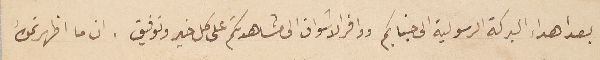
بعد اهداء البركة الرسولية الى جنابكم ووافر الاشواق الى مشاهدتكم على كل خير وتوفيق . ان ما اظهرتموه